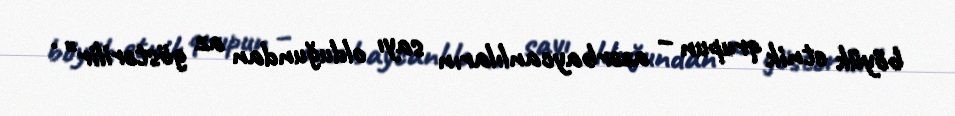
böyük etnik qrupun – azərbaycanlıların sayı olduğundan az göstərilir" .